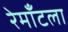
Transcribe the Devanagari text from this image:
रेमाँटला